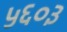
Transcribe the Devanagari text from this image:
५६०३